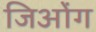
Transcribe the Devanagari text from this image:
जिओंग